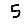
Digit: 5